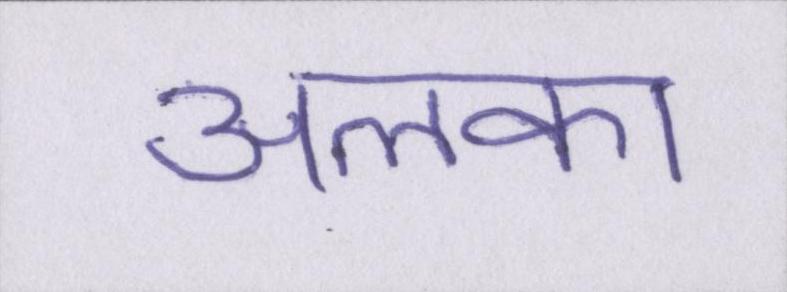
अलका